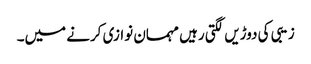
زیبی کی دوڑیں لگتی رہیں مہمان نوازی کرنے میں۔